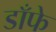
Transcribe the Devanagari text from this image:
डाँफे